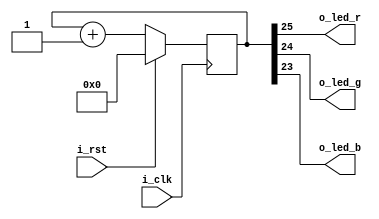
/******************************************************************************
*                                                                             *
* Copyright 2016 myStorm Copyright and related                                *
* rights are licensed under the Solderpad Hardware License, Version 0.51      *
* (the License); you may not use this file except in compliance with        *
* the License. You may obtain a copy of the License at                        *
* http://solderpad.org/licenses/SHL-0.51. Unless required by applicable       *
* law or agreed to in writing, software, hardware and materials               *
* distributed under this License is distributed on an AS IS BASIS,          *
* WITHOUT WARRANTIES OR CONDITIONS OF ANY KIND, either express or             *
* implied. See the License for the specific language governing                *
* permissions and limitations under the License.                              *
*                                                                             *
******************************************************************************/

module blink(input i_clk, input i_rst, output o_led_r, output o_led_g, output o_led_b);
  // Count bits
  parameter p_bit_r=25;
  parameter p_bit_g=24;
  parameter p_bit_b=23;

  // Counter register
  reg [25:0] r_count;
  
  // Permanent assignments
  assign o_led_r = r_count[p_bit_r];
  assign o_led_g = r_count[p_bit_g];
  assign o_led_b = r_count[p_bit_b];

  // always at clock pulse
  always @(posedge i_clk)
  begin
    if(i_rst)
    begin
      r_count <= 0;
    end
    else
    begin
      r_count <= r_count + 1;
    end
  end

endmodule